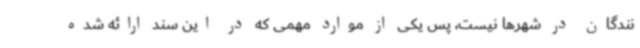
نندگان در شهرها نیست، پس یکی از موارد مهمی که در این سند ارائه شده